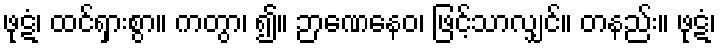
ဖုဋံ၊ ထင်ရှားစွာ။ ကတွာ၊ ၍။ ဉာဏေနေဝ၊ ဖြင့်သာလျှင်။ တနည်း။ ဖုဋံ၊